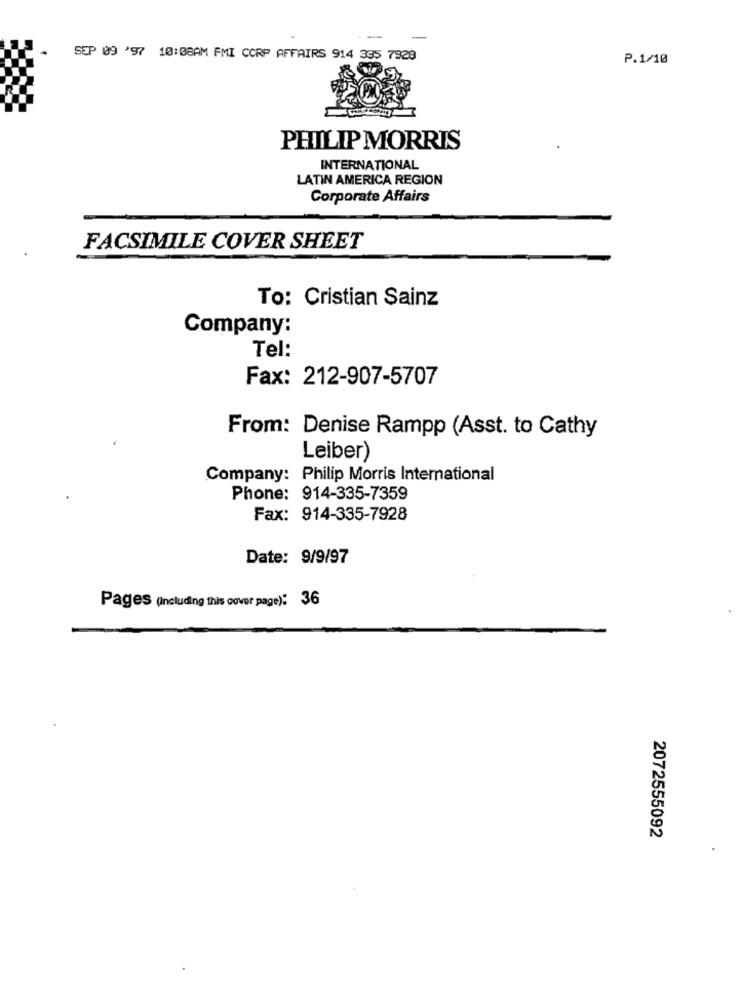
-
SEP 09 '97 10:08AM FMI CORP AFFAIRS 914 335 7928
P.1/10
PHILIP MORRIS
INTERNATIONAL
LATIN AMERICA REGION
Corporate Affairs
FACSIMILE COVER SHEET
To: Cristian Sainz
Company:
Tel:
Fax: 212-907-5707
From: Denise Rampp (Asst. to Cathy
Leiber)
Company: Philip Morris International
Phone: 914-335-7359
Fax: 914-335-7928
Date: 9/9/97
Pages (Including this cover page): 36
2072555092